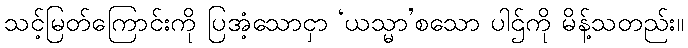
သင့်မြတ်ကြောင်းကို ပြအံ့သောငှာ ‘ယသ္မာ’စသော ပါဌ်ကို မိန့်သတည်း။